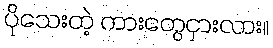
ပိုသေးတဲ့ ကားတွေငှားလား။